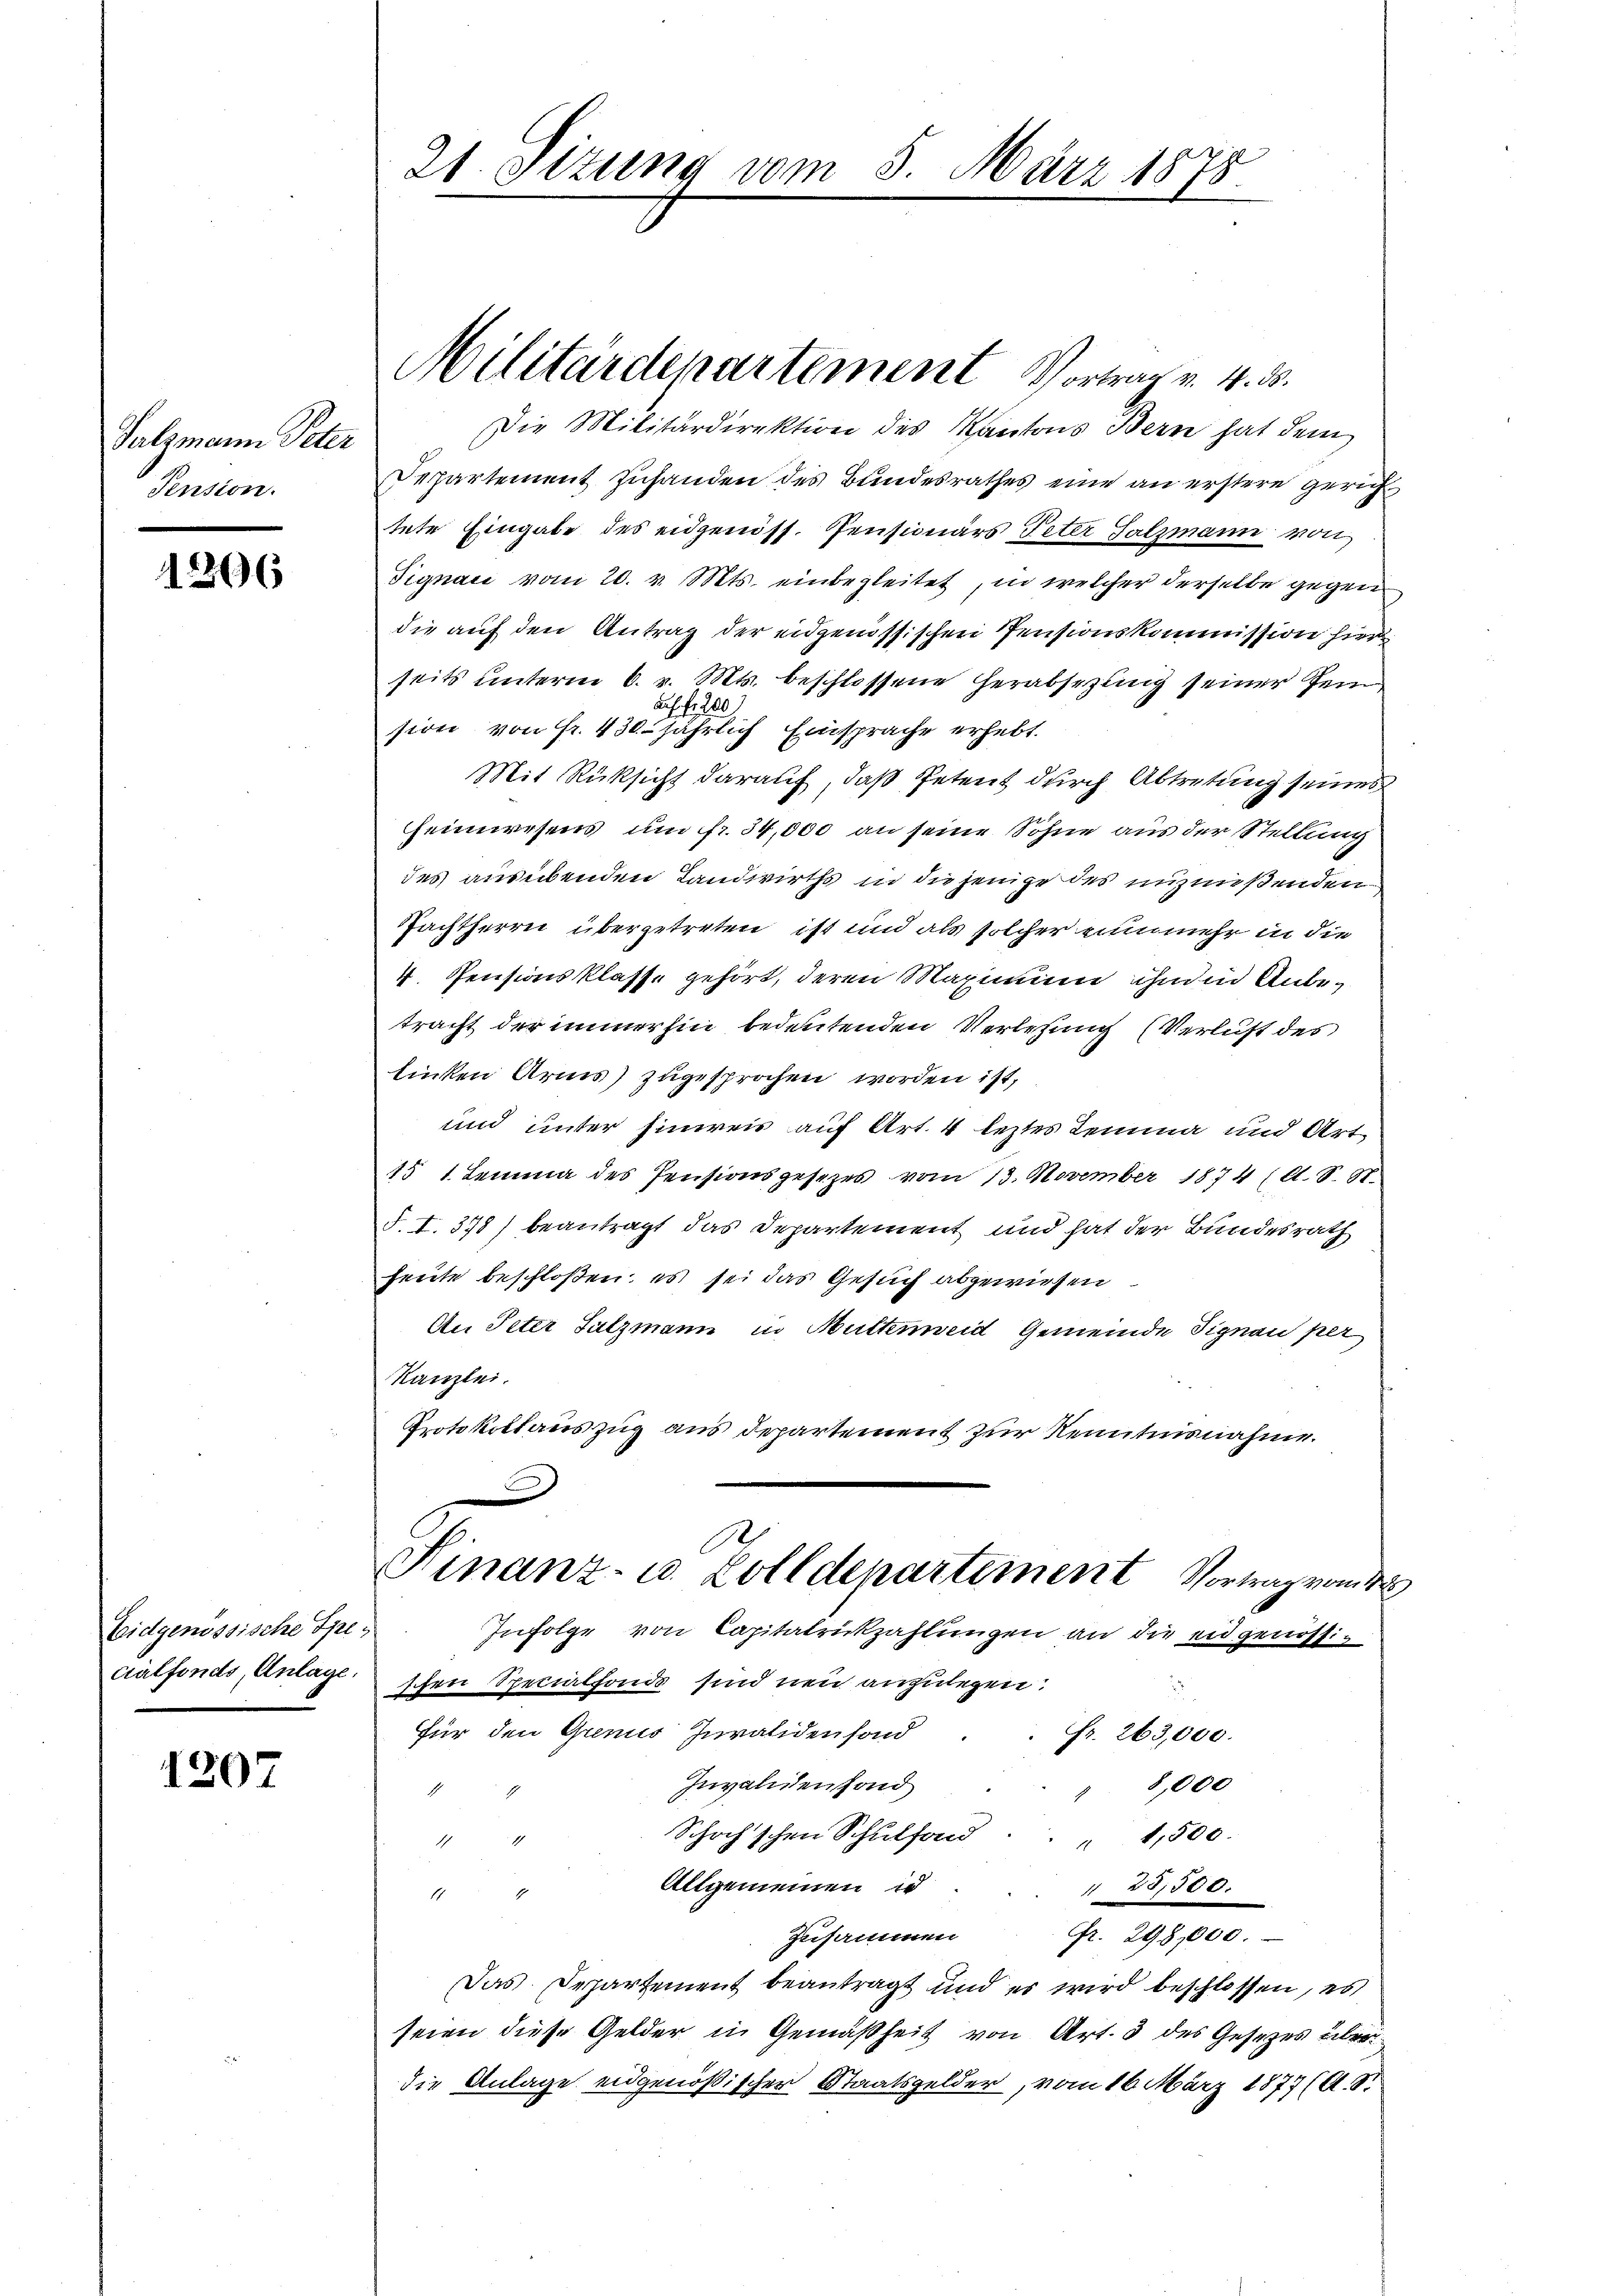
Salzmann Peter
Pension.

1266

Eidgenössische Specialfonds, Anlage.

1207

21. Sttung vom

Die Militärdirektion des Kantons Bern hat dem
Departement zuhanden des Bundesrathes eine an erstere gerich
tete Eingabe des eidgenöss. Pensionärs Peter Salzmann von
Signau vom 20. v. Mts. einbegleitet, in welcher derselbe gegen
die auf den Antrag der eidgenössischen Pensionskommission hier
seits unterm 6. v. Mts. beschlossene Herabsetzung seiner Zei¬
Ausf
200
sion von Fr. 430. jährlich Einsprache erhebt.
Mit Rüksicht darauf, daß Petent durch Abtretung seines
Heimwesens, um fr. 34,000 an seine Söhne aus der Stellung
des ausübenden Landwirths in die jenige des unznißenden
Pachtherrn übergetreten ist und als solcher nunmehr in die
4. Pensionsklasse gehört, deren Maximum ihn in Anbetracht der immerhin bedeutenden Verlesung (Verlust des
linken Arms) zugesprochen worden ist,
und unter hinreis auf Art. 4 leztes Lemma und Art
151. Lemma des Pensionsgesetzes vom 13. November 1874 (s. S. N.
F. I. 378) beantragt das Departement und hat der Bundesrath
heute beschloßen: es sei das Gesuch abgewiesen
An Peter Salzmann in Muttenweid Gemeinde Signau per
Kanzlei.
Protokollauszug aus departement zur Kenntnisnahme.
E
Finanz- u. Zolldepartement Vortrag von de
Infolge von Capitatrückzahlungen an die eidgenössischen Specialfonde sind neu anzulegen.
Für den Grenis Juraliden fond
Fr. 263,000.
Invaliden fond
8,000
1
1
Schochschen Schulfond
" 1,500.
77
Allgemeinen is
1 23,500.
1
zusammen fr. 298,000.
Das Departement beantragt und es wird beschlossen, es
seien diese Gelder in Gemäßheit von Art. 3 des Gesetzes überdie Anlage eidgenößischer Staatsgelder, vom 16. März 1877 (A. 8.

Militärdepartement Vortrag v. 4. d.

8. März 1875.